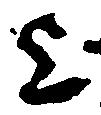
上